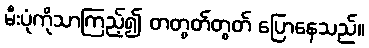
မီးပုံကိုသာကြည့်၍ တတွတ်တွတ် ပြောနေသည်။